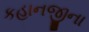
કહાનજીના